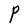
Character: P